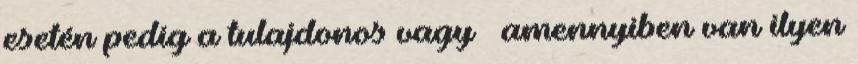
esetén pedig a tulajdonos vagy – amennyiben van ilyen